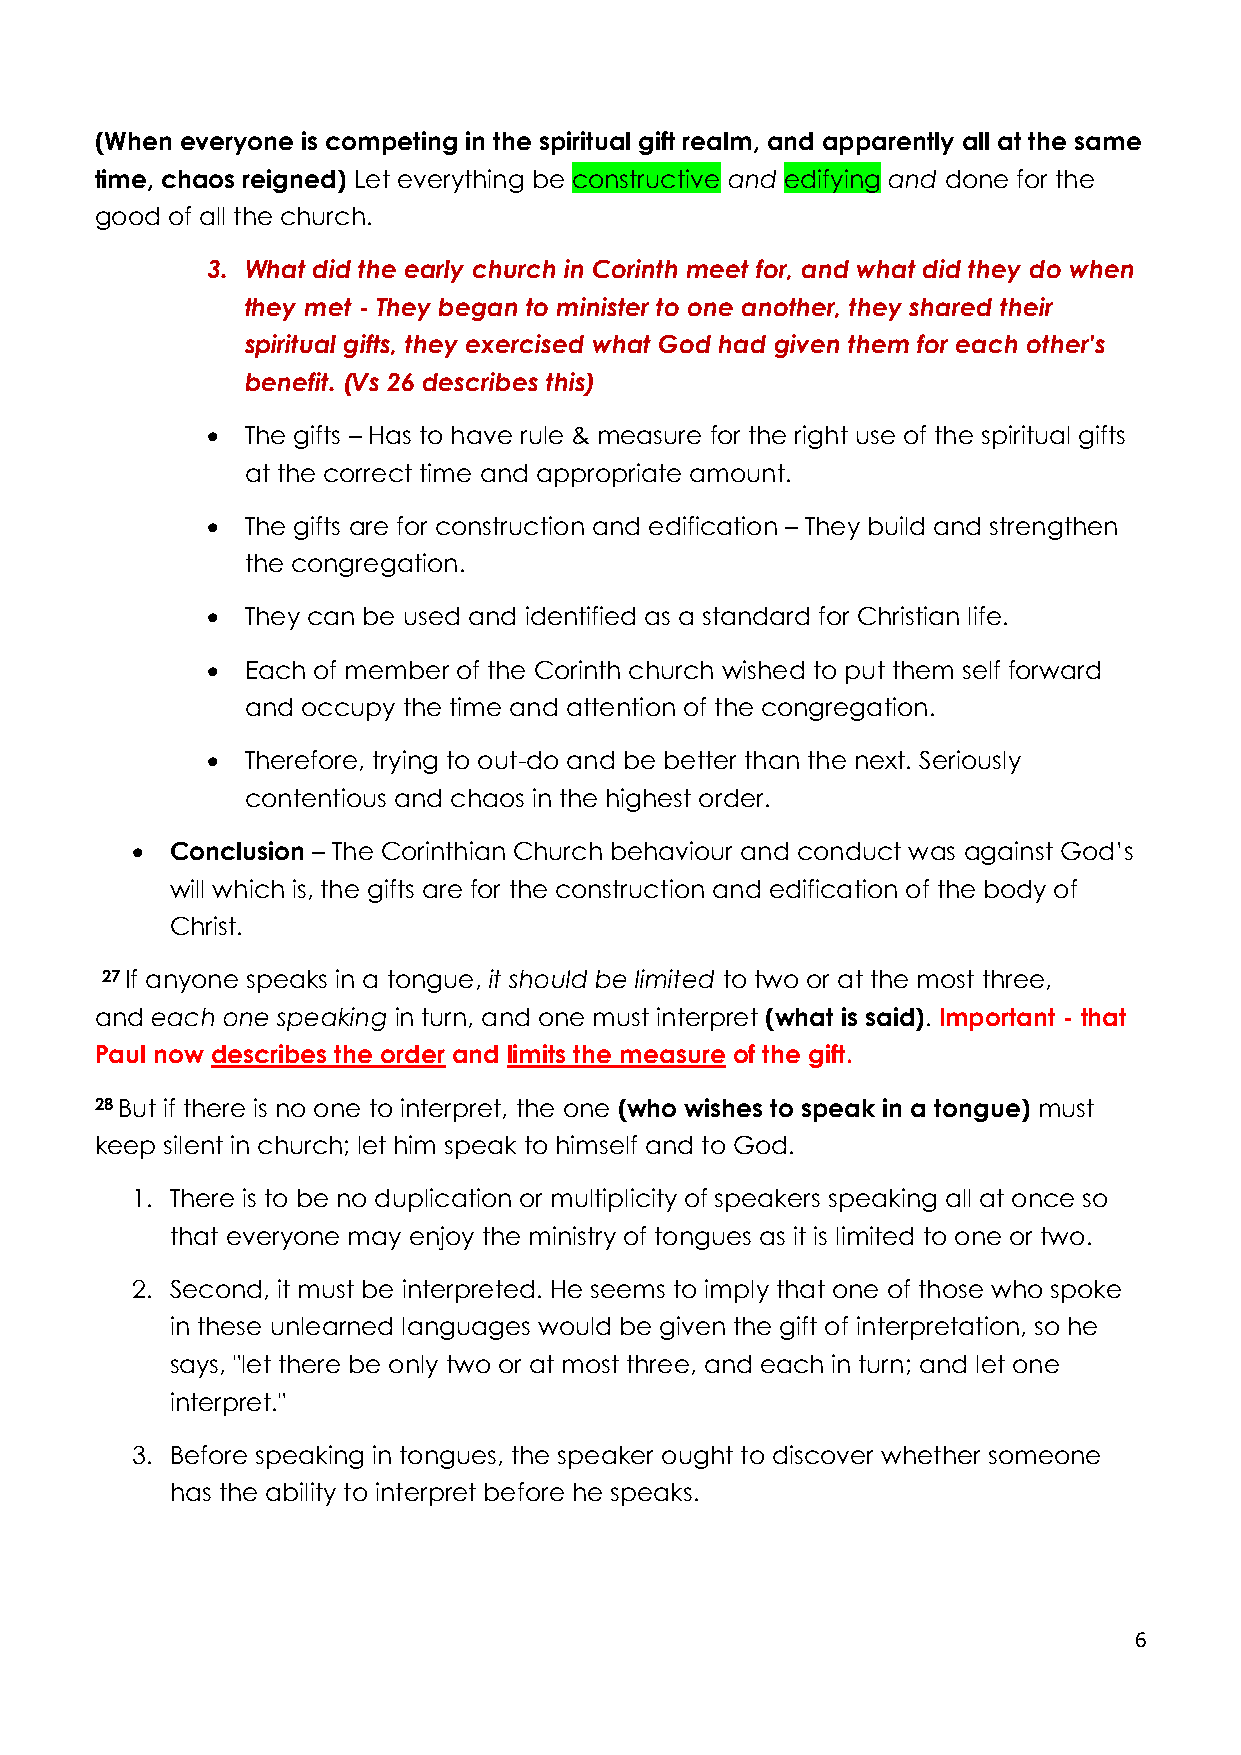
(When everyone is competing in the spiritual gift realm, and apparently all at the same
 time, chaos reigned) Let everything be constructive and edifying and done for the
 good of all the church.
 3. What did the early church in Corinth meet for, and what did they do when
 they met - They began to minister to one another, they shared their
 spiritual gifts, they exercised what God had given them for each other's
 benefit. (Vs 26 describes this)
 • The gifts – Has to have rule & measure for the right use of the spiritual gifts
 at the correct time and appropriate amount.
 • The gifts are for construction and edification – They build and strengthen
 the congregation.
 • They can be used and identified as a standard for Christian life.
 • Each of member of the Corinth church wished to put them self forward
 and occupy the time and attention of the congregation.
 • Therefore, trying to out-do and be better than the next. Seriously
 contentious and chaos in the highest order.
 • Conclusion – The Corinthian Church behaviour and conduct was against God’s
 will which is, the gifts are for the construction and edification of the body of
 Christ.
 27 If anyone speaks in a tongue, it should be limited to two or at the most three,
 and each one speaking in turn, and one must interpret (what is said). Important - that
 Paul now describes the order and limits the measure of the gift.
 28 But if there is no one to interpret, the one (who wishes to speak in a tongue) must
 keep silent in church; let him speak to himself and to God.
 1. There is to be no duplication or multiplicity of speakers speaking all at once so
 that everyone may enjoy the ministry of tongues as it is limited to one or two.
 2. Second, it must be interpreted. He seems to imply that one of those who spoke
 in these unlearned languages would be given the gift of interpretation, so he
 says, "let there be only two or at most three, and each in turn; and let one
 interpret."
 3. Before speaking in tongues, the speaker ought to discover whether someone
 has the ability to interpret before he speaks.
 6